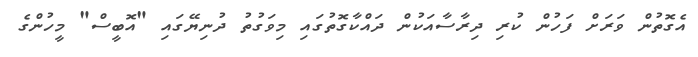
އެގޮތުން ވަރަށް ފަހުން ކުރި ދިރާސާއަކުން ދައްކާގޮތުގައި މިވަގުތު ދުނިޔޭގައި "އޮބީސް" މީހުންގެ